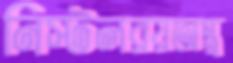
নিস্টলরয়অস্ত্র